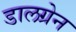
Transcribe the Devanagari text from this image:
डालग्रेन